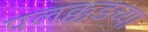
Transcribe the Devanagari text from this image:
पलक्कडच्या